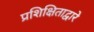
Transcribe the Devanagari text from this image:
प्रशिक्षिताद्वारे